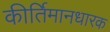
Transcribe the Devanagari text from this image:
कीर्तिमानधारक